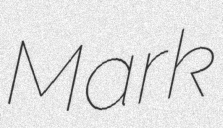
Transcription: Mark